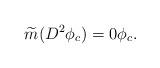
LaTeX: \begin{align*}\widetilde{m}(D^2 \phi_c)=0 \phi_c.\end{align*}